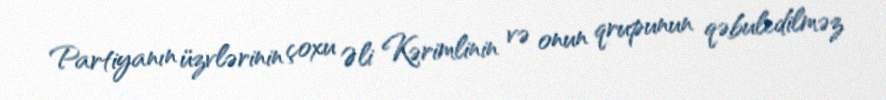
Partiyanın üzvlərinin çoxu Əli Kərimlinin və onun qrupunun qəbuledilməz